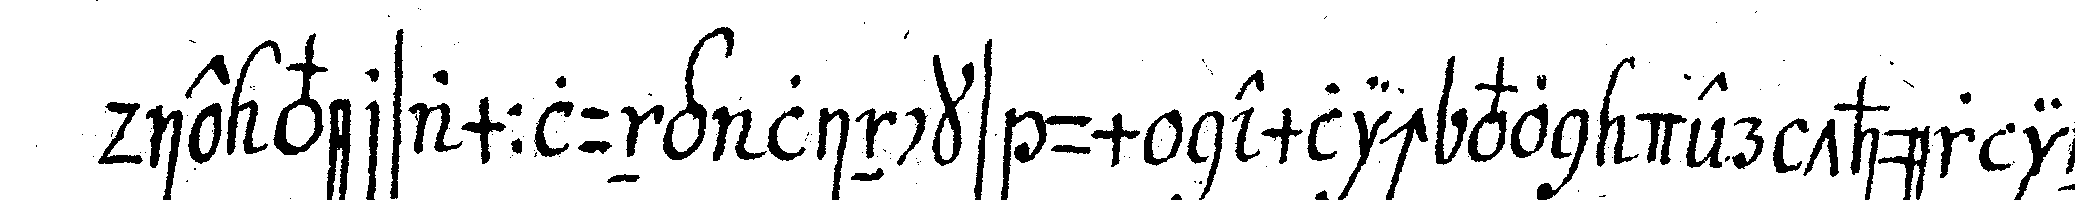
die versammlung lincks um nemlich von der thür in